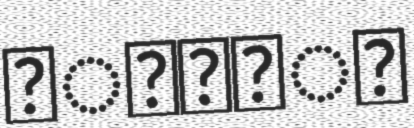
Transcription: সাইদুর